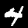
Label: 4